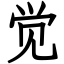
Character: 觉